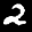
Label: 2